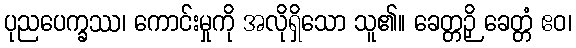
ပုညပေက္ခဿ၊ ကောင်းမှုကို အလိုရှိသော သူ၏။ ခေတ္တဉှိ ခေတ္တံ ဧဝ၊